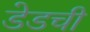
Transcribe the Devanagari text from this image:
डेडची